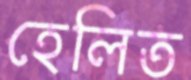
হেলিত